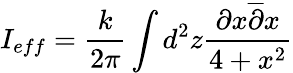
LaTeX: I_{eff}=\frac{k}{2\pi}\int d^{2}z\frac{\partial x\overline{{{\partial}}}x}{4+x^{2}}